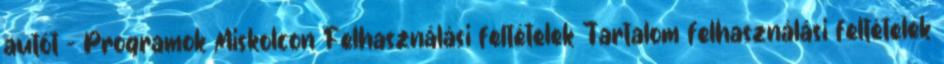
autót – Programok Miskolcon Felhasználási feltételek Tartalom felhasználási feltételek